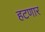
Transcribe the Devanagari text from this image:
हटणार